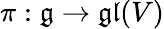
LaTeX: \pi:{\mathfrak{g}}\to{\mathfrak{gl}}(V)